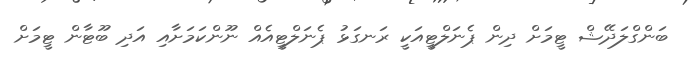
ބަންގްލަދޭޝް ޓީމަށް ދިން ޕެނަލްޓީއަކީ ރަނގަޅު ޕެނަލްޓީއެއް ނޫންކަމަށާއި އަދި ބޫޓާން ޓީމަށް